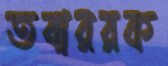
তবাররক